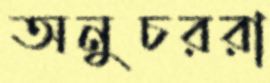
অনুচররা